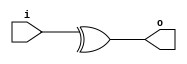
(* abc9_box, whitebox *)
module box(input [1:0] i, output o);
specify
(i *> o) = 1;
endspecify
assign o = ^i;
endmodule

module top(input [1:0] i, output o);
box i1(i, o);
endmodule